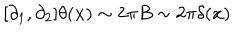
[ \partial _ { 1 } , \partial _ { 2 } ] \theta ( { \bf x } ) \sim 2 \pi B \sim 2 \pi \delta ( { \bf x } )